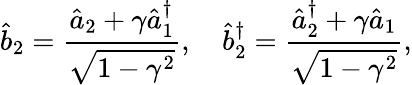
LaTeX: \hat{b}_{2}=\frac{\hat{a}_{2}+\gamma\hat{a}_{1}^{\dagger}}{\sqrt{1-\gamma^{2}}},\quad\hat{b}_{2}^{\dagger}=\frac{\hat{a}_{2}^{\dagger}+\gamma\hat{a}_{1}}{\sqrt{1-\gamma^{2}}},